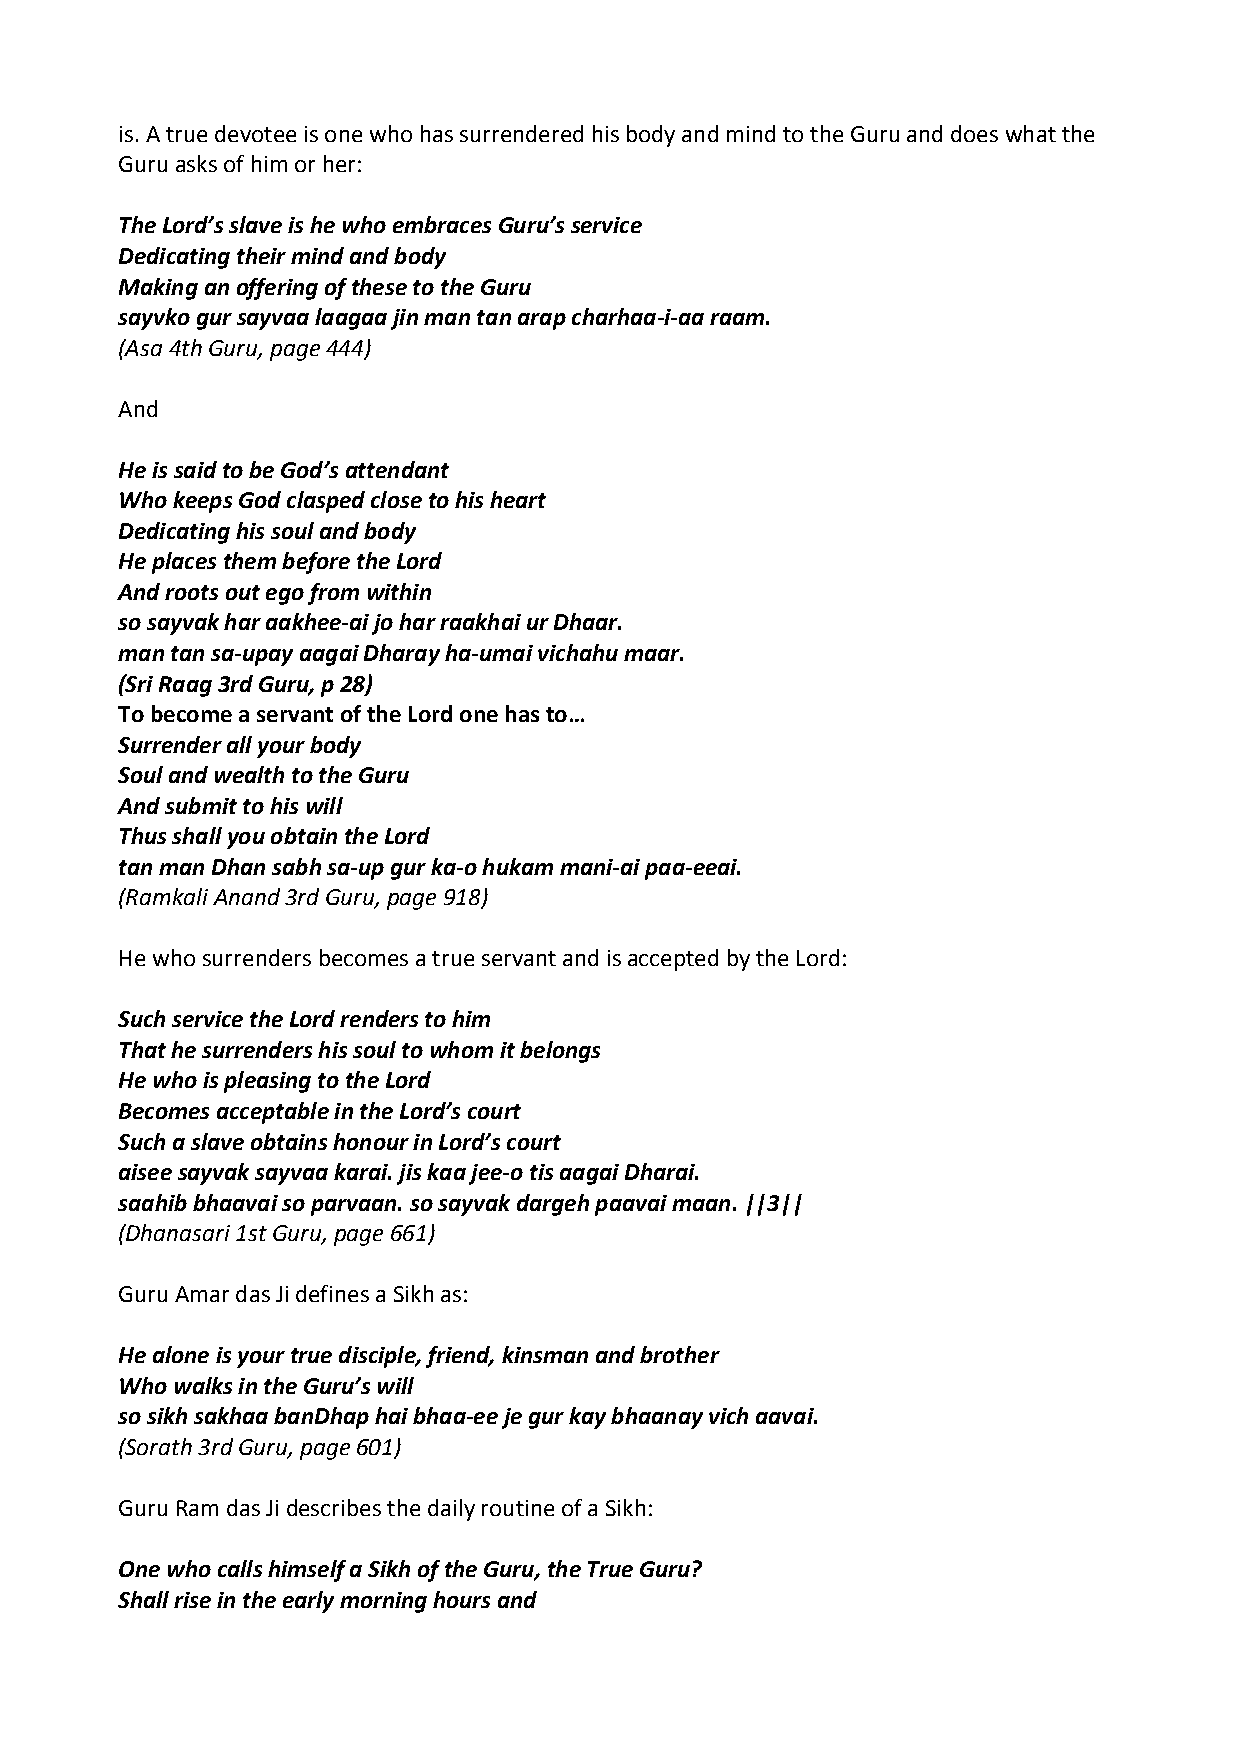
is. A true devotee is one who has surrendered his body and mind to the Guru and does what the
 Guru asks of him or her:
 The Lord’s slave is he who embraces Guru’s service
 Dedicating their mind and body
 Making an offering of these to the Guru
 sayvko gur sayvaa laagaa jin man tan arap charhaa‐i‐aa raam.
 (Asa 4th Guru, page 444)
 And
 He is said to be God’s attendant
 Who keeps God clasped close to his heart
 Dedicating his soul and body
 He places them before the Lord
 And roots out ego from within
 so sayvak har aakhee‐ai jo har raakhai ur Dhaar.
 man tan sa‐upay aagai Dharay ha‐umai vichahu maar.
 (Sri Raag 3rd Guru, p 28)
 To become a servant of the Lord one has to…
 Surrender all your body
 Soul and wealth to the Guru
 And submit to his will
 Thus shall you obtain the Lord
 tan man Dhan sabh sa‐up gur ka‐o hukam mani‐ai paa‐eeai.
 (Ramkali Anand 3rd Guru, page 918)
 He who surrenders becomes a true servant and is accepted by the Lord:
 Such service the Lord renders to him
 That he surrenders his soul to whom it belongs
 He who is pleasing to the Lord
 Becomes acceptable in the Lord’s court
 Such a slave obtains honour in Lord’s court
 aisee sayvak sayvaa karai. jis kaa jee‐o tis aagai Dharai.
 saahib bhaavai so parvaan. so sayvak dargeh paavai maan. ||3||
 (Dhanasari 1st Guru, page 661)
 Guru Amar das Ji defines a Sikh as:
 He alone is your true disciple, friend, kinsman and brother
 Who walks in the Guru’s will
 so sikh sakhaa banDhap hai bhaa‐ee je gur kay bhaanay vich aavai.
 (Sorath 3rd Guru, page 601)
 Guru Ram das Ji describes the daily routine of a Sikh:
 One who calls himself a Sikh of the Guru, the True Guru?
 Shall rise in the early morning hours and